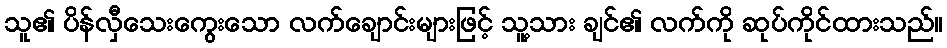
သူ၏ ပိန်လှီသေးကွေးသော လက်ချောင်းများဖြင့် သူ့သား ချင်၏ လက်ကို ဆုပ်ကိုင်ထားသည်။